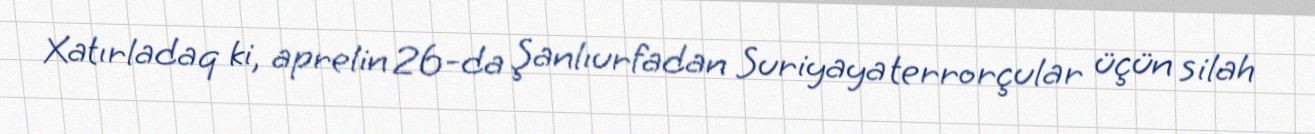
Xatırladaq ki, aprelin 26-da Şanlıurfadan Suriyaya terrorçular üçün silah